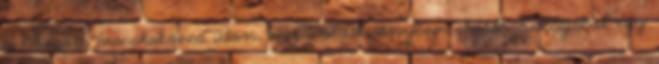
a kikopott macskaköves úton, majd oldalirányban eldőlt. Kabátjából egy